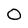
Character: O